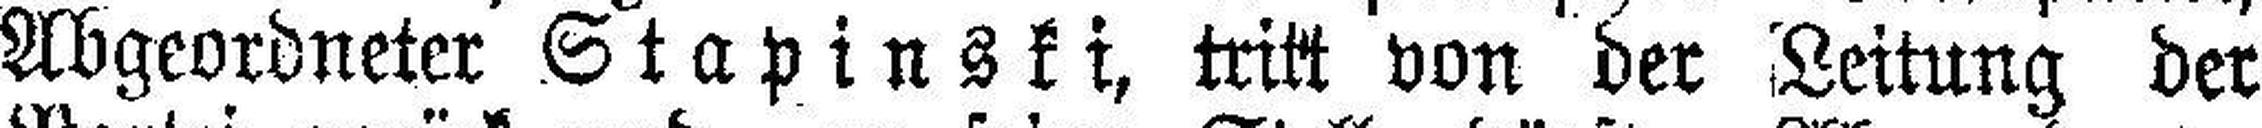
Abgeordneter Stapinski, tritt von der Leitung der